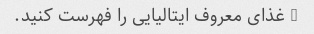
5 غذای معروف ایتالیایی را فهرست کنید.